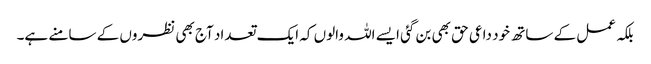
بلکہ عمل کے ساتھ خود داعی حق بھی بن گئی ایسے اللہ والوں کہ ایک تعداد آج بھی نظروں کے سامنے ہے۔